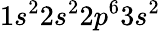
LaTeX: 1s^{2}2s^{2}2p^{6}3s^{2}